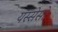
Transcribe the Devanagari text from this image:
यस्सेसो